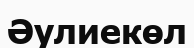
Әулиекөл